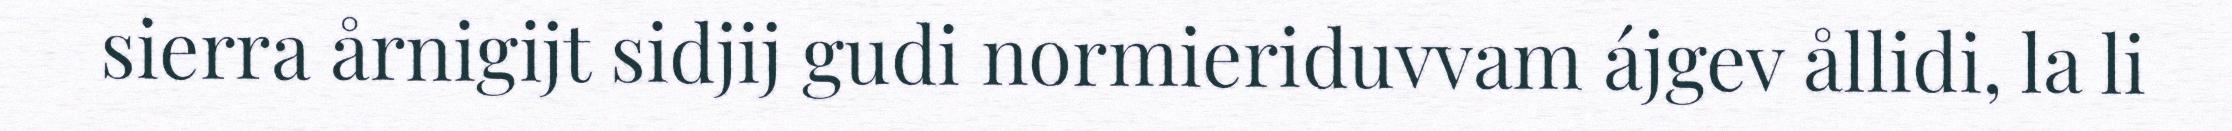
sierra årnigijt sidjij gudi normieriduvvam ájgev ållidi, la li